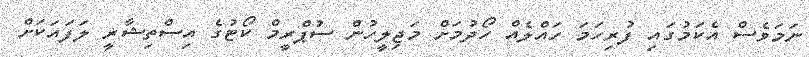
ނަމަވެސް އެކަމުގައި ފުރިހަމަ ހައްލެއް ހޯދުމަށް މަޖިލީހުން ސުޕްރީމް ކޯޓުގެ އިސްތިޝާރީ ލަފައަކަށް